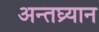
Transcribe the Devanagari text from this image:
अन्तघ्र्यान